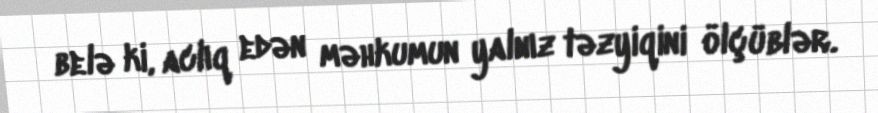
belə ki, aclıq edən məhkumun yalnız təzyiqini ölçüblər.